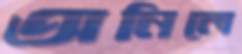
অনিলে